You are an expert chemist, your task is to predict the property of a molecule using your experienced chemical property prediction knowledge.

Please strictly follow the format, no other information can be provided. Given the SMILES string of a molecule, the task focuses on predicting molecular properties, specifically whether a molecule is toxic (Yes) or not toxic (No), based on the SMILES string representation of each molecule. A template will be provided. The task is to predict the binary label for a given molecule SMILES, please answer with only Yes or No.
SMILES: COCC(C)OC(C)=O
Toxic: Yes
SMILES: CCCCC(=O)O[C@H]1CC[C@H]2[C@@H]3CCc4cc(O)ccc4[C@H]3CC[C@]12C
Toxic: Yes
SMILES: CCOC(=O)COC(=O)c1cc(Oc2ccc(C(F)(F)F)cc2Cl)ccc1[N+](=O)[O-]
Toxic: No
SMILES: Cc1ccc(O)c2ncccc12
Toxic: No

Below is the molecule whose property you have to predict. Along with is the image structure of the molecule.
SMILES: CCN1CCCC1CN
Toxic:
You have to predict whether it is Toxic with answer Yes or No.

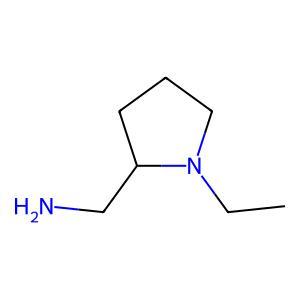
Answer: No